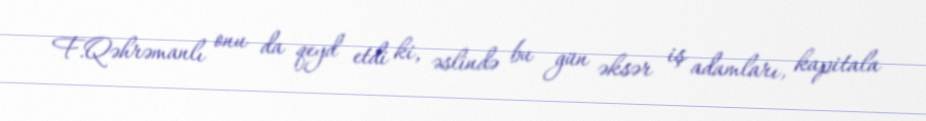
F.Qəhrəmanlı onu da qeyd etdi ki, əslində bu gün əksər iş adamları, kapitala